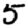
Digit: 5